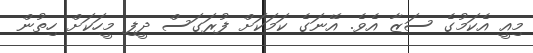
މިއީ އެކަމުގެ ސަޒާ އެވެ. އޭނަގެ ކަމަކަށް ފުރަގަސް ދީފި މީހަކަށް ހިތުން